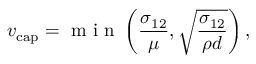
v _ { \mathrm { { c a p } } } = \mathrm { ~ m ~ i ~ n ~ } \left( \frac { \sigma _ { 1 2 } } { \mu } , \sqrt { \frac { \sigma _ { 1 2 } } { \rho d } } \right) ,